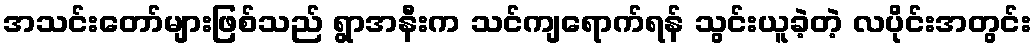
အသင်းတော်များဖြစ်သည် ရွာအနီးက သင်ကျရောက်ရန် သွင်းယူခဲ့တဲ့ လပိုင်းအတွင်း